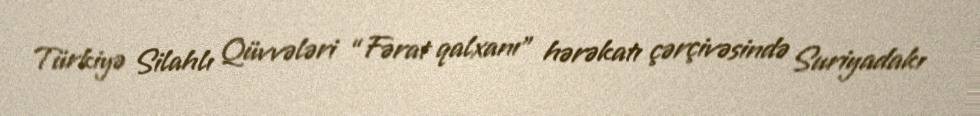
Türkiyə Silahlı Qüvvələri “Fərat qalxanı” hərəkatı çərçivəsində Suriyadakı